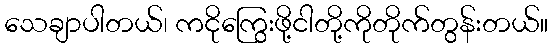
သေချာပါတယ်၊ ကငိုကြွေးဖို့ငါတို့ကိုတိုက်တွန်းတယ်။